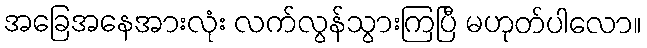
အခြေအနေအားလုံး လက်လွန်သွားကြပြီ မဟုတ်ပါလော။